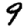
Digit: 9